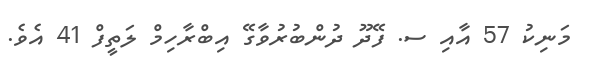
މަނިކު 57 އާއި ސ. ފޭދޫ ދުންބުރުވާގޭ އިބްރާހިމް ލަތީފް 41 އެވެ.